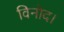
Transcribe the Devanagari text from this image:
विनोद।